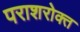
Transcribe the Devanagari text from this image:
पराशरोक्त